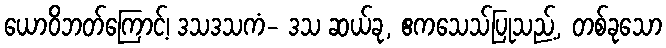
ယောဝိဘတ်ကြောင့်၊ ဒသဒသကံ- ဒသ ဆယ်ခု, ဧကသေသ်ပြုသည့်, တစ်ခုသော